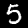
Label: 5